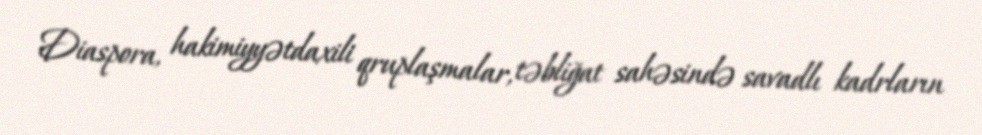
Diaspora, hakimiyyətdaxili qruplaşmalar, təbliğat sahəsində savadlı kadrların